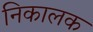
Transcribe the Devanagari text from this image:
निकालक